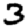
Digit: 3